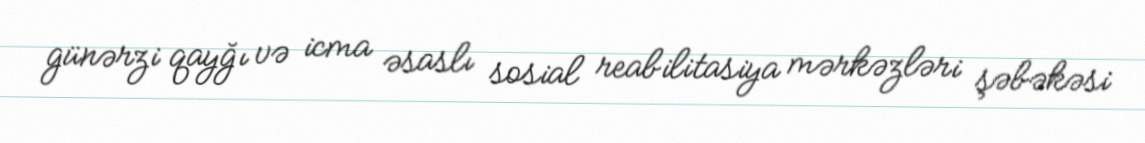
günərzi qayğı və icma əsaslı sosial reabilitasiya mərkəzləri şəbəkəsi